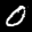
Label: 0